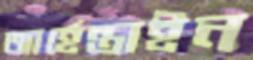
আর্হেন্তাইন